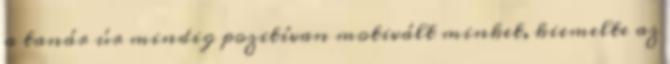
a tanár úr mindig pozitívan motivált minket, kiemelte az